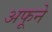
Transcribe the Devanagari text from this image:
अफूने